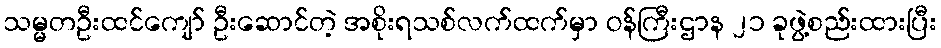
သမ္မတဦးထင်ကျော် ဦးဆောင်တဲ့ အစိုးရသစ်လက်ထက်မှာ ဝန်ကြီးဌာန ၂၁ ခုဖွဲ့စည်းထားပြီး